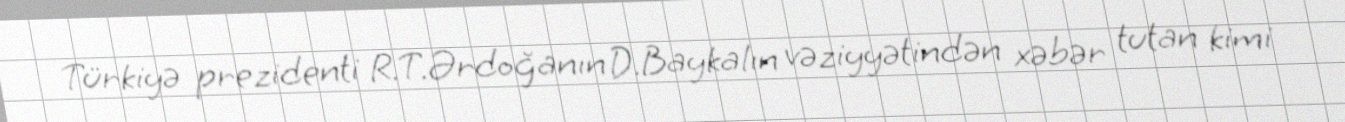
Türkiyə prezidenti R.T.Ərdoğanın D.Baykalın vəziyyətindən xəbər tutan kimi